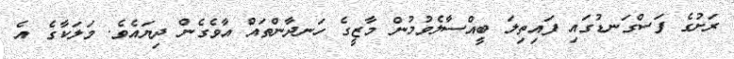
ރަށުގެ ފަސްގަނޑުގައި ފައިތިލަ ބީއްސާލެވުމުން މާޒީގެ ހަނދާންތައް އާވެގެން ދިޔައެވެ. މަލަކާގެ އެ